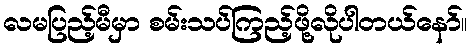
လမပြည့်မီမှာ စမ်းသပ်ကြည့်ဖို့လိုပါတယ်နော်။